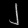
Digit: ၂